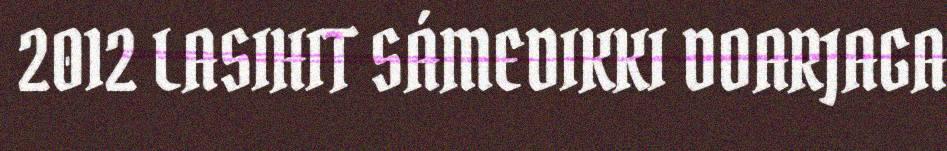
2012 LASIHIT SÁMEDIKKI DOARJAGA